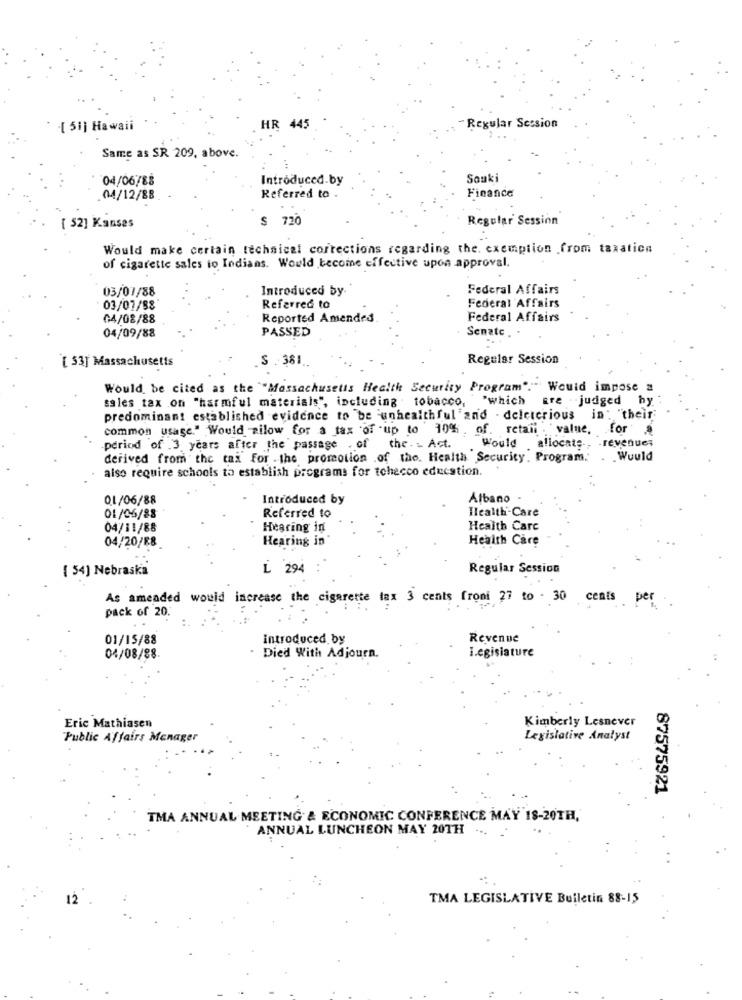
-[ 51] Hawaii
HR 445
-Regular Session
Same as SR 209, above.
04/06/88
Introduced by
Sonki
Finance
04/12/88
Referred to .
$ 720
Regular Session
[ 52] Kanses
Would make certain technical corrections regarding the. exemption from taxation
of cigarette sales to Indians. Would become effective upon approval
03/07/88
Introduced by.
Federal Affairs
Federal Affairs
03/07/88
Referred to
04/08/88
Reported Amended
Federal Affairs
PASSED
Senate ..
04/09/88
S . 381.
Regular Session
[ 53] Massachusetts
Would be cited as the "Massachusetts Health Security Program":" Would impose =
sales tax on "harmful materials", including . tobacco,
"which
gre . - judged
by
predominant established evidence to be unhealthful and - deleterious in: "their
common usage." Would silow for a tax of -up to 10% , of retail . "value, for
.period of .3 years after the passage , of
the . - Act.
Would allocate ., . revenues
derived from the tax for -the promotion .of the. Health Security. Program.'
. . Would
also require schools to establish programs for tchecco education.
01/06/88
Introduced by
Albano
01/05/88
Health-Care
Referred to
04/11/88
Hearing in
Health Care
Hearing in
Health Care
04/20/E8
( 54] Nebraska
L 294
Regular Session
As amended would increase the cigarette tax 3 cents froni 27 to - 30 cents per
pack of 20.
01/15/88
introduced by
Revenue
Legislature
04/08/88.
Died With Adjourn.
Kimberly Lesnever
Eric Mathiasen
Public Affairs Manager
Legislative Analyst
87575921
TMA ANNUAL MEETING & ECONOMIC CONFERENCE MAY 18-20TH,
ANNUAL LUNCHEON MAY 20TH ...
TMA LEGISLATIVE Bulletin 88-15